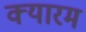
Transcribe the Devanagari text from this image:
क्यारम